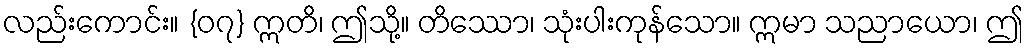
လည်းကောင်း။ {၀၇} ဣတိ၊ ဤသို့။ တိဿော၊ သုံးပါးကုန်သော။ ဣမာ သညာယော၊ ဤ